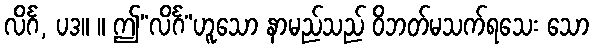
လိင်္ဂ, ပဒ။ ။ ဤ“လိင်္ဂ”ဟူသော နာမည်သည် ဝိဘတ်မသက်ရသေး သော